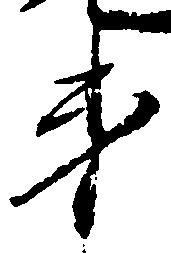
弟